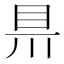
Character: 𥄊